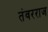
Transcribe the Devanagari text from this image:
तंवरराज